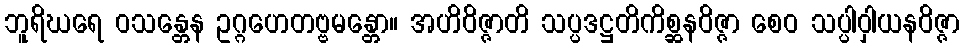
ဘူရိဃရေ ဝသန္တေန ဥဂ္ဂဟေတဗ္ဗမန္တော။ အဟိဝိဇ္ဇာတိ သပ္ပဒဋ္ဌတိကိစ္ဆနဝိဇ္ဇာ စေဝ သပ္ပါဝှါယနဝိဇ္ဇာ